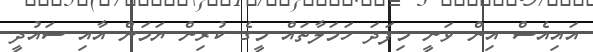
އައިއެސް އިން ވަނީ މިފަދަ ހަމަލާތައް މީގެ ކުރިން ޔަމަން އާއި ސައުދީ